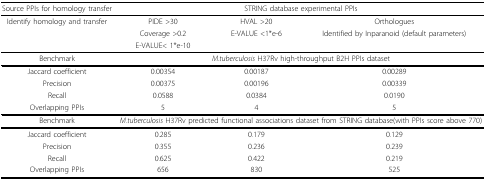
<table><thead><tr><td><b>Source PPIs for homology transfer</b></td><td colspan="3"><b>STRING database experimental PPIs</b></td></tr></thead><tbody><tr><td>Identify homology and transfer</td><td>PIDE &gt;30</td><td>HVAL &gt;20</td><td>Orthologues</td></tr><tr><td></td><td>Coverage &gt;0.2</td><td>E-VALUE &lt;1*e-6</td><td>Identified by Inparanoid (default parameters)</td></tr><tr><td></td><td>E-VALUE&lt; 1*e-10</td><td></td><td></td></tr><tr><td>Benchmark</td><td colspan="3"><i>M.tuberculosis</i> H37Rv high-throughput B2H PPIs dataset </td></tr><tr><td>Jaccard coefficient</td><td>0.00354</td><td>0.00187</td><td>0.00289</td></tr><tr><td>Precision</td><td>0.00375</td><td>0.00196</td><td>0.00339</td></tr><tr><td>Recall</td><td>0.0588</td><td>0.0384</td><td>0.0190</td></tr><tr><td>Overlapping PPIs</td><td>5</td><td>4</td><td>5</td></tr><tr><td>Benchmark</td><td colspan="3"><i>M.tuberculosis </i>H37Rv predicted functional associations dataset from STRING database(with PPIs score above 770)</td></tr><tr><td>Jaccard coefficient</td><td>0.285</td><td>0.179</td><td>0.129</td></tr><tr><td>Precision</td><td>0.355</td><td>0.236</td><td>0.239</td></tr><tr><td>Recall</td><td>0.625</td><td>0.422</td><td>0.219</td></tr><tr><td>Overlapping PPIs</td><td>656</td><td>830</td><td>525</td></tr></tbody></table>